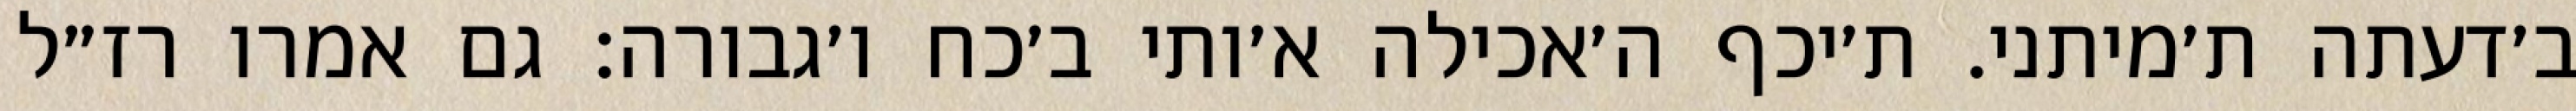
ב׳דעתה ת׳מיתני. ת׳יכף ה׳אכילה א׳ותי ב׳כח ו׳גבורה: גם אמרו רז״ל